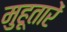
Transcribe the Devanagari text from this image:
मुहूतारें